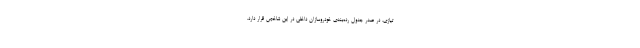
تیازی، در صدر جدول رده‌بندی خودروسازان داخلی در این شاخص قرار دارد.